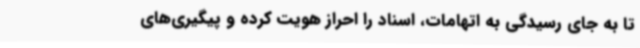
تا به جای رسیدگی به اتهامات، اسناد را احراز هویت کرده و پیگیری‌های